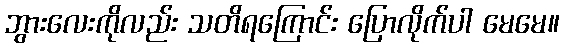
ဘွားလေးကိုလည်း သတိရကြောင်း ပြောလိုက်ပါ မေမေ။